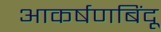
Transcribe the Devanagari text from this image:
आकर्षणबिंदू